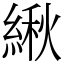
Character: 䋺